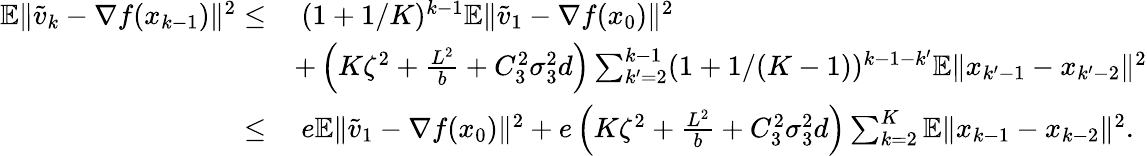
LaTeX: \begin{array}{rl}{\mathbb{E}\| \widetilde v_{k}-\nabla f(x_{k-1})\| ^{2}\leq}&{\ (1+1/K)^{k-1}\mathbb{E}\| \widetilde v_{1}-\nabla f(x_{0})\| ^{2}}\\ &{+\left(K\zeta^{2}+\frac{L^{2}}{b}+C_{3}^{2}\sigma_{3}^{2}d\right)\sum_{k^{\prime}=2}^{k-1}(1+1/(K-1))^{k-1-k^{\prime}}\mathbb{E}\| x_{k^{\prime}-1}-x_{k^{\prime}-2}\| ^{2}}\\ {\leq}&{\ e\mathbb{E}\| \widetilde v_{1}-\nabla f(x_{0})\| ^{2}+e\left(K\zeta^{2}+\frac{L^{2}}{b}+C_{3}^{2}\sigma_{3}^{2}d\right)\sum_{k=2}^{K}\mathbb{E}\| x_{k-1}-x_{k-2}\| ^{2}.}\end{array}